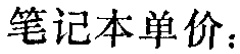
笔记本单价：